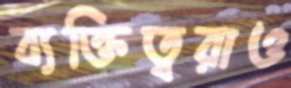
ব্যক্তিত্বরাও